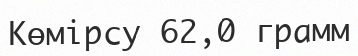
Көмірсу 62,0 грамм